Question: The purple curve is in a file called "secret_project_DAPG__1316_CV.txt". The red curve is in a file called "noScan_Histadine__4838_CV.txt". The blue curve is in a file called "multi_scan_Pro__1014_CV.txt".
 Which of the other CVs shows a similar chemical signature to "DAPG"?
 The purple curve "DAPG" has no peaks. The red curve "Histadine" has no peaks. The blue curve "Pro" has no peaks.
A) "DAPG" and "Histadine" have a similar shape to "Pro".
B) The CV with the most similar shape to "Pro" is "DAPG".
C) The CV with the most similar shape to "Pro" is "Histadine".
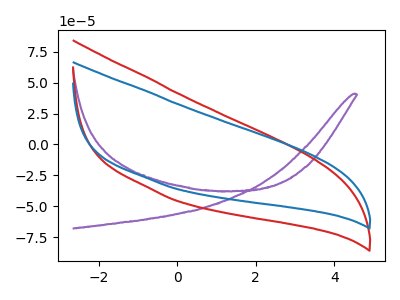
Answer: <think>Neither "DAPG" or "Histadine" have any peaks. Neither "DAPG" or "Pro" have any peaks. Neither "Histadine" or "Pro" have any peaks.
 </think>
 <answer>A) "DAPG" and "Histadine" have a similar shape to "Pro".</answer>
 <eval>A</eval>